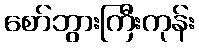
စော်ဘွားကြီးကုန်း